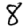
Digit: 8